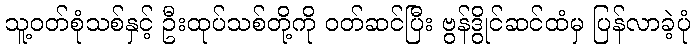
သူ့ဝတ်စုံသစ်နှင့် ဦးထုပ်သစ်တို့ကို ဝတ်ဆင်ပြီး ဗွန်ဒွိုင်ဆင်ထံမှ ပြန်လာခဲ့ပုံ